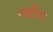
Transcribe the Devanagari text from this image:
न्वाँग